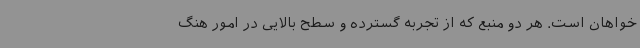
خواهان است. هر دو منبع که از تجربه گسترده و سطح بالایی در امور هنگ